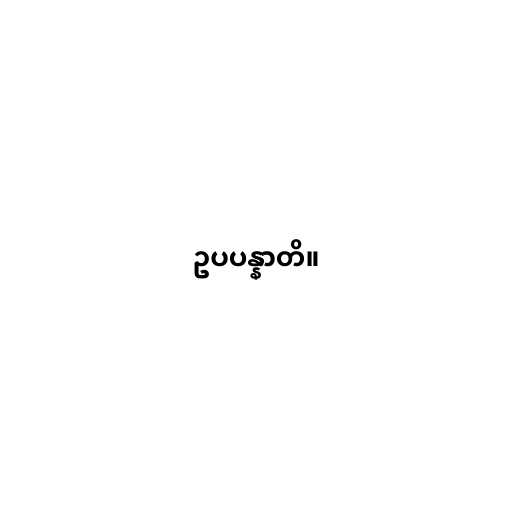
ဥပပန္နာတိ။